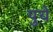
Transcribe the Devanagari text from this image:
पुये